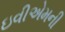
ઇવીએમની